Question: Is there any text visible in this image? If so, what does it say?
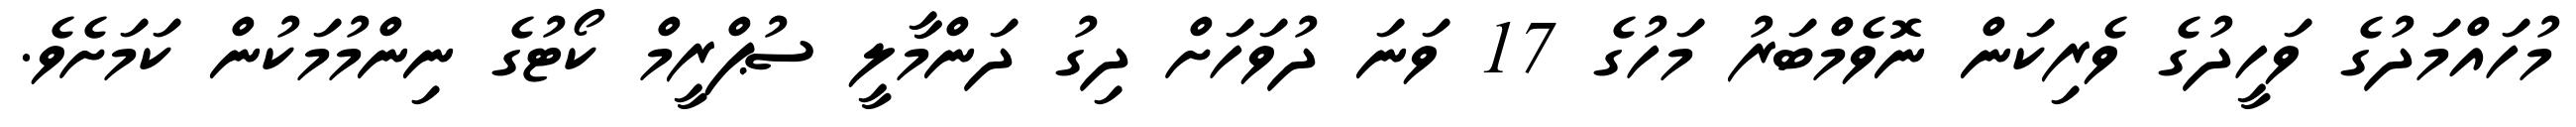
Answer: މުހައްމަދުގެ ވަހީދުގެ ވެރިކަން ނޮވެމްބަރު މަހުގެ 17 ވަނަ ދުވަހަށް ދިގު ދަންމާލީ ސުޕްރީމް ކޯޓުގެ ނިންމުމަކުން ކަމަށެވެ.